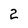
Character: 2